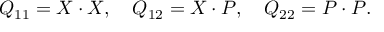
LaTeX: Q _ { 1 1 } = X \cdot X , \quad Q _ { 1 2 } = X \cdot P , \quad Q _ { 2 2 } = P \cdot P .